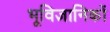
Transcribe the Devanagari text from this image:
भूविज्ञानिकों